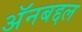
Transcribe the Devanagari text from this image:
अॅनबद्दल